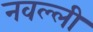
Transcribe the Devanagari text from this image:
नवल्ली